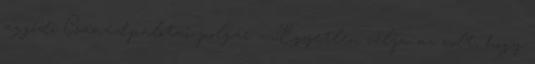
aggódó Csanádpalotai polgár - ,,Egyetlen célja az volt, hogy